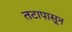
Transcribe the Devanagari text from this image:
तटापासून